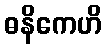
ဓနိကေဟိ